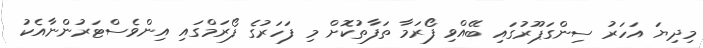
މިދިޔަ އަހަރު ސިންގަޕޫރުގައި ބޭއްވި ފޯރަމާ ތަފާތުކޮށް މި ފަހަރުގެ ފޯރަމްގައި އިންވެސްޓަރުންނާއެކު